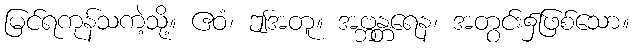
မြင်ရကုန်သကဲ့သို့။ ဧဝံ၊ ဤအတူ။ အဗ္ဘန္တရေန၊ အတွင်း၌ဖြစ်သော။